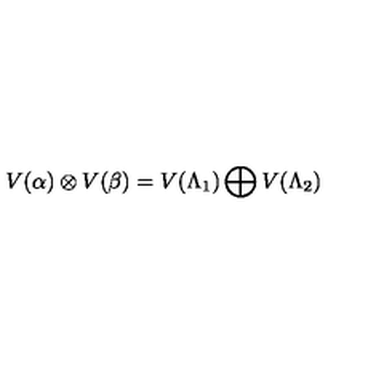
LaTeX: V ( \alpha ) \otimes V ( \beta ) = V ( \Lambda _ { 1 } ) \bigoplus V ( \Lambda _ { 2 } )